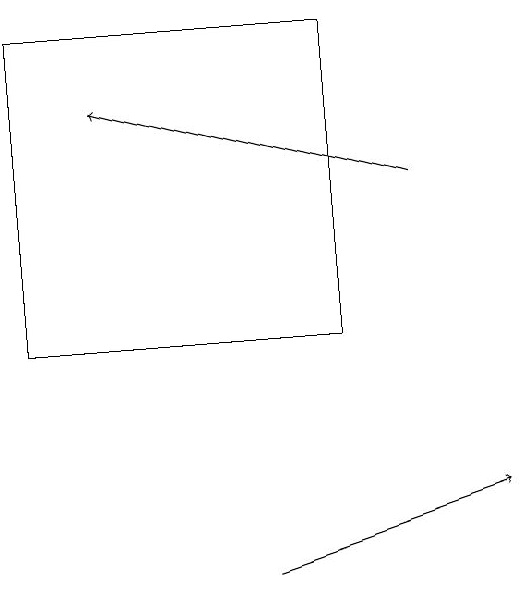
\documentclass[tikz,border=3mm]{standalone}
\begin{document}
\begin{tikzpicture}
\draw[->] (6,10) -- (9,11);
\draw (3,13) rectangle (7,17);
\draw[->] (8,15) -- (4,16);
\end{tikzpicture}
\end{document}